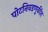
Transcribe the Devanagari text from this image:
पोटनिवडणुकींत